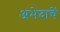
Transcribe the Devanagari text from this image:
अभेदाचें